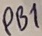
Text: PB1